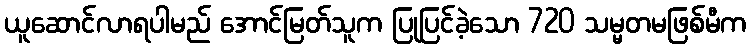
ယူဆောင်လာရပါမည် အောင်မြတ်သူက ပြုပြင်ခဲ့သော 720 သမ္မတမဖြစ်မီက